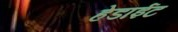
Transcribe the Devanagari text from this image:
हेडाईट